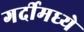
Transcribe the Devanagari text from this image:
गर्दीमध्ये